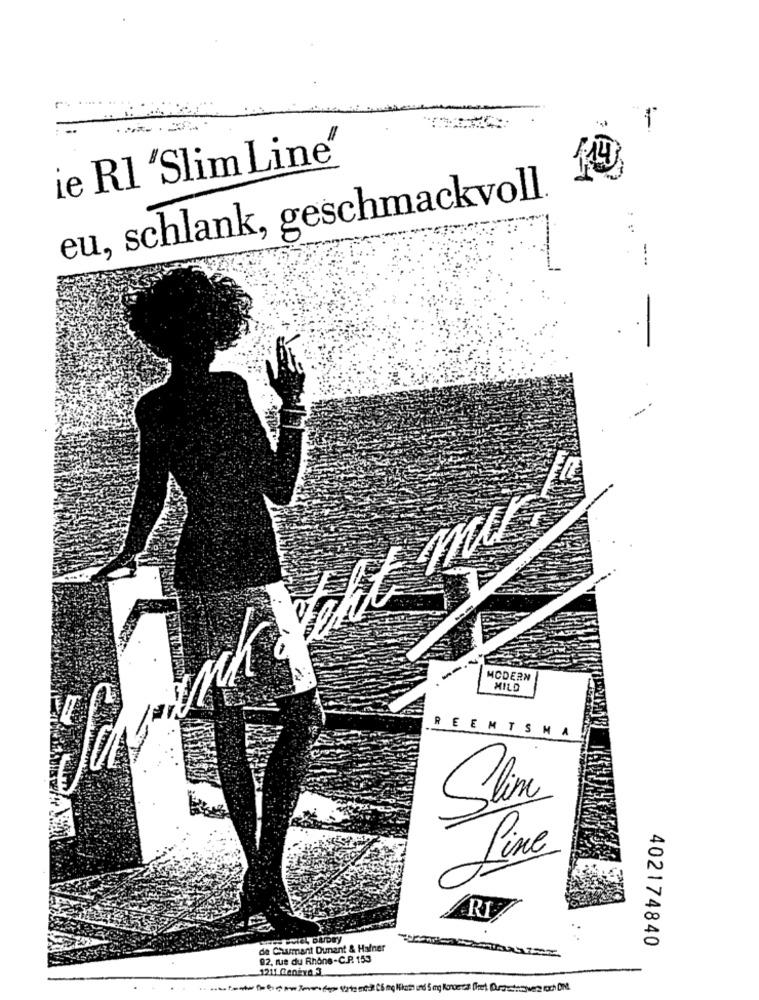
ie Rl 'Slim Line"
eu, schlank, geschmackvoll.
:
MODERN
MILD
REEMTSMA
Slim
Line
402174840
de Chumant Dunant & Hafner
92, rue du Rhone-C.P. 153
1211 Centra 3